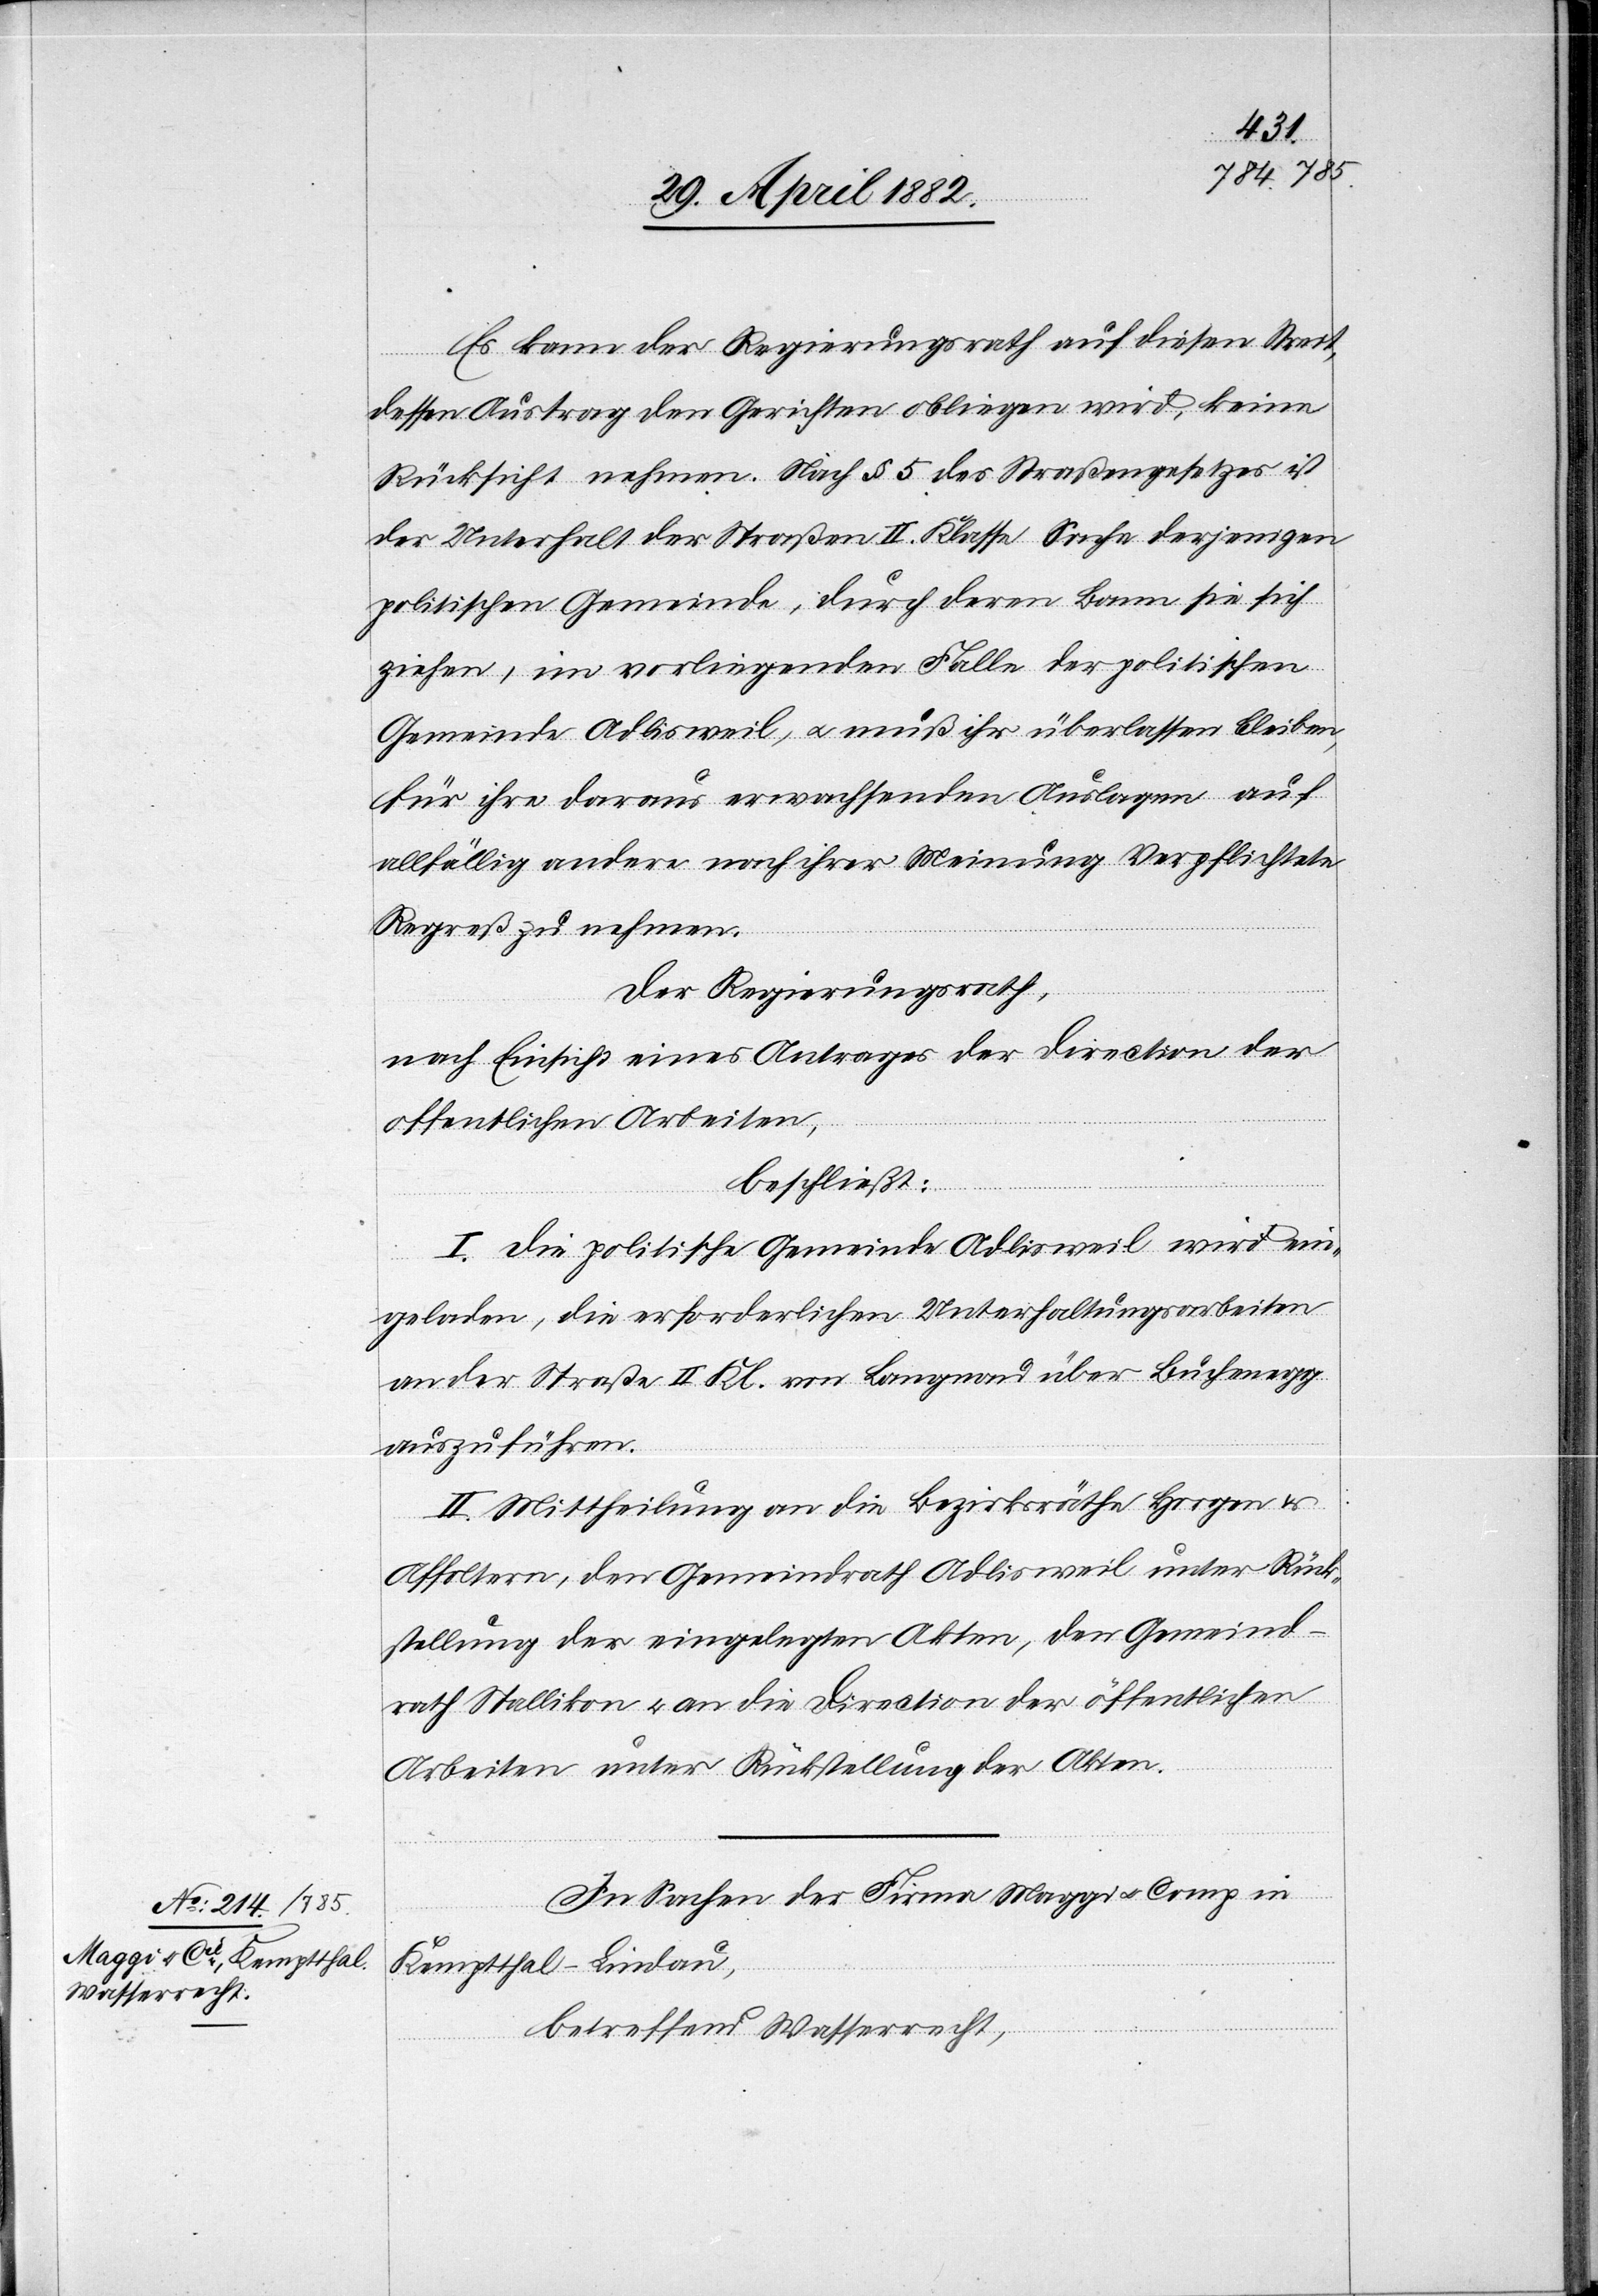
Es kann der Regierungsrath auf diesen Streit,
dessen Austrag den Gerichten obliegen wird, keine
Rücksicht nehmen. Nach § 5 des Straßengesetzes ist
der Unterhalt der Straßen II. Klasse Sache derjenigen
politischen Gemeinde, durch deren Bann sie sich
ziehe, im vorliegenden Falle der politischen
Gemeinde Adlisweil, u. muß ihr überlassen bleiben,
für ihre daraus erwachsenden Auslagen auf
allfällig andere nach ihrer Meinung Verpflichtete
Regreß zu nehmen.
Der Regierungsrath,
nach Einsicht eines Antrages der Direction der
öffentlichen Arbeiten,
beschließt:
I. Die politische Gemeinde Adlisweil wird ein¬
geladen, die erforderlichen Unterhaltungsarbeiten
an der Straße II. Kl. von Langnau über Buchenegg
auszuführen.
II. Mittheilung an die Bezirksräthe Horgen &
Affoltern, den Gemeindrath Adlisweil unter Rück¬
stellung der eingelegten Akten, den Gemeind¬
rath Stallikon u. an die Direction der öffentlichen
Arbeiten unter Rückstellung der Akten.
In Sachen der Firma Maggi u. Comp. in
Kemptthal - Lindau,
betreffend Wasserrecht,